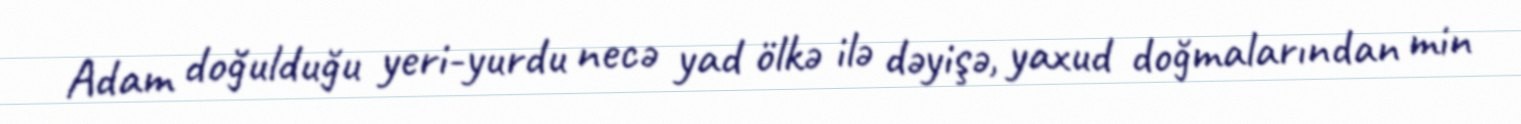
Adam doğulduğu yeri-yurdu necə yad ölkə ilə dəyişə, yaxud doğmalarından min